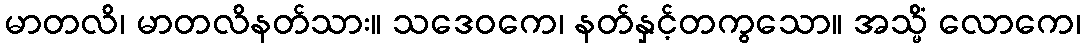
မာတလိ၊ မာတလိနတ်သား။ သဒေဝကေ၊ နတ်နှင့်တကွသော။ အသ္မိံ လောကေ၊